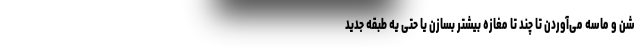
شن و ماسه می‌آوردن تا چند تا مغازه بیشتر بسازن یا حتی یه طبقه جدید